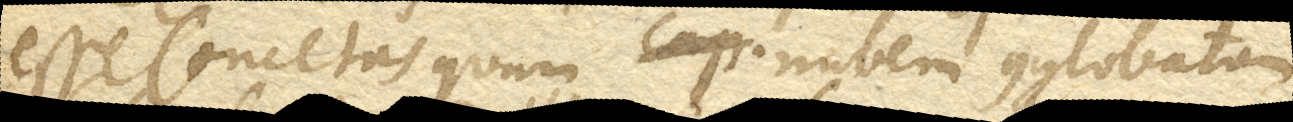
esse Cometas quam nubem conglobatam